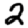
Digit: 2